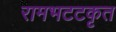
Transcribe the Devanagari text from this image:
रामभटटकृत